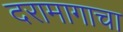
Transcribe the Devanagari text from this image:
दरामागाचा